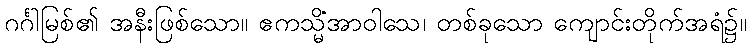
ဂင်္ဂါမြစ်၏ အနီးဖြစ်သော။ ဧကသ္မိံအာဝါသေ၊ တစ်ခုသော ကျောင်းတိုက်အရံ၌။